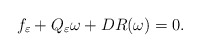
\begin{align*}f_\varepsilon + Q_\varepsilon \omega + DR(\omega) = 0.\end{align*}